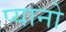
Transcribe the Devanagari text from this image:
प्यानो